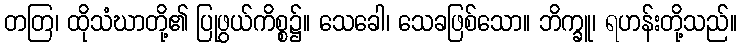
တတြ၊ ထိုသံဃာတို့၏ ပြုဖွယ်ကိစ္စ၌။ သေခေါ၊ သေခဖြစ်သော။ ဘိက္ခူ၊ ရဟန်းတို့သည်။